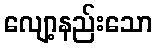
လျော့နည်းသော